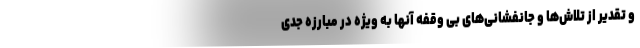
و تقدیر از تلاش‌ها و جانفشانی‌های بی وقفه آنها به ویژه در مبارزه جدی